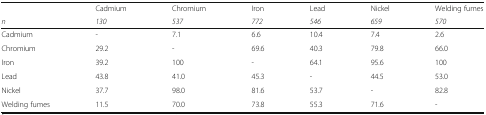
|  | Cadmium | Chromium | Iron | Lead | Nickel | Welding fumes |
 | n | 130 | 537 | 772 | 546 | 659 | 570 |
 | --- | --- | --- | --- | --- | --- | --- |
 | Cadmium | - | 7.1 | 6.6 | 10.4 | 7.4 | 2.6 |
 | Chromium | 29.2 | - | 69.6 | 40.3 | 79.8 | 66.0 |
 | Iron | 39.2 | 100 | - | 64.1 | 95.6 | 100 |
 | Lead | 43.8 | 41.0 | 45.3 | - | 44.5 | 53.0 |
 | Nickel | 37.7 | 98.0 | 81.6 | 53.7 | - | 82.8 |
 | Welding fumes | 11.5 | 70.0 | 73.8 | 55.3 | 71.6 | - |